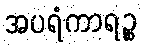
အပရံကာရဉ္စ